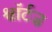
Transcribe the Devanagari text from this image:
श्वॉर्टज़